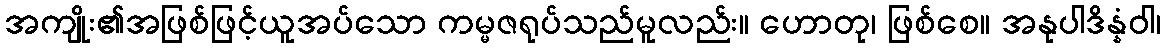
အကျိုး၏အဖြစ်ဖြင့်ယူအပ်သော ကမ္မဇရုပ်သည်မူလည်း။ ဟောတု၊ ဖြစ်စေ။ အနုပါဒိန္နံဝါ၊